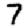
Digit: 7